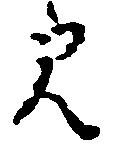
見